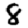
Digit: 8